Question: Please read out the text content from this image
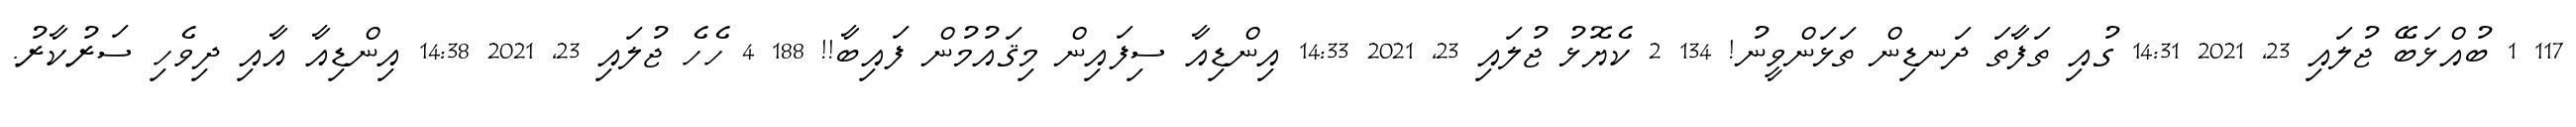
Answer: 117 1 ބުއްޅަބޭ ޖުލައި 23, 2021 14:31 ގުއި ތަފާތަ ދަނޑިން ތަޅަންވީނު! 134 2 ކެޔޮޅު ޖުލައި 23, 2021 14:33 އިންޑިއާ ސިފައިން މިޤައުމުން ފައިބާ!! 188 4 ހެހެ ޖުލައި 23, 2021 14:38 އިންޑިއާ އާއި ދިވެހި ސަރުކާރު.